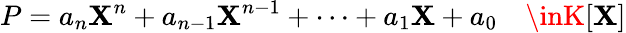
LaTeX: P=a_{n}\mathbf{X}^{n}+a_{n-1}\mathbf{X}^{n-1}+\dots+a_{1}\mathbf{X}+a_{0}\quad\inK[\mathbf{X}]